Civil Veterinary Dept. North-West Frontier Province 1901-22 - 1901-1922
Year: 1901
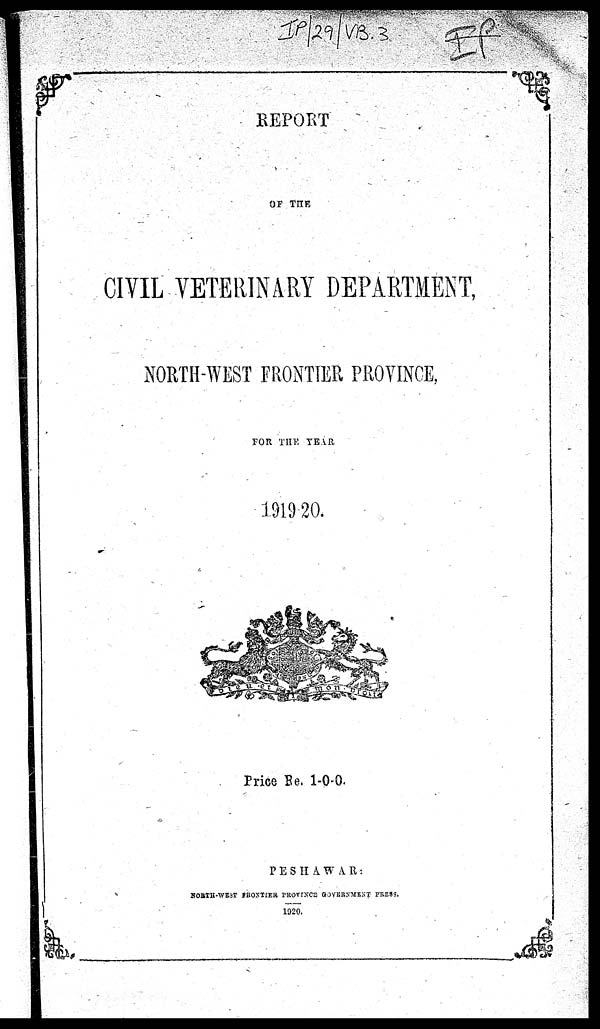
REPORT
OF THE
CIVIL VETERINARY DEPARTMENT,
NORTH-WEST FRONTIER PROVINCE,
FOR THE YEAR
1919-20.
Price Re. 1-0-0.
PESHAWAR:
NORTH-WEST FRONTIER PROVINCE GOVERNMENT PRESS.
1920.